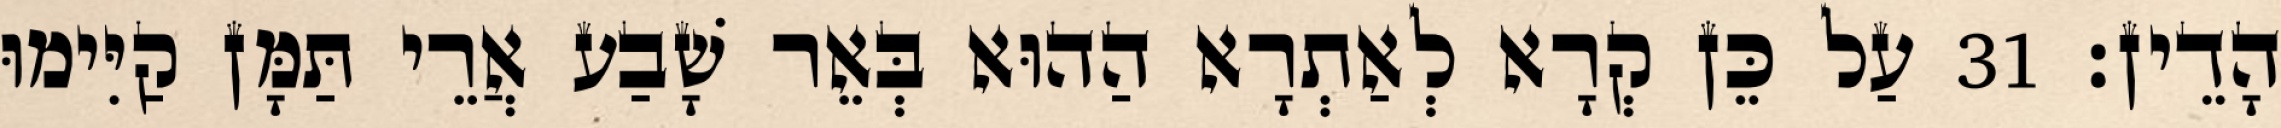
הָדֵין׃ 31 עַל כֵּן קְרָא לְאַתְרָא הַהוּא בְּאֵר שָׁבַע אֲרֵי תַּמָּן קַיִּימוּ